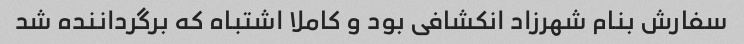
سفارش بنام شهرزاد انکشافی بود و کاملا اشتباه که برگرداننده شد